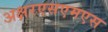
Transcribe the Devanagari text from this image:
अक्षरएसएमएस